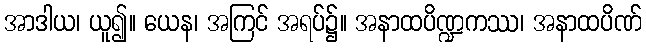
အာဒါယ၊ ယူ၍။ ယေန၊ အကြင် အရပ်၌။ အနာထပိဏ္ဍကဿ၊ အနာထပိဏ်